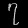
Digit: ၇